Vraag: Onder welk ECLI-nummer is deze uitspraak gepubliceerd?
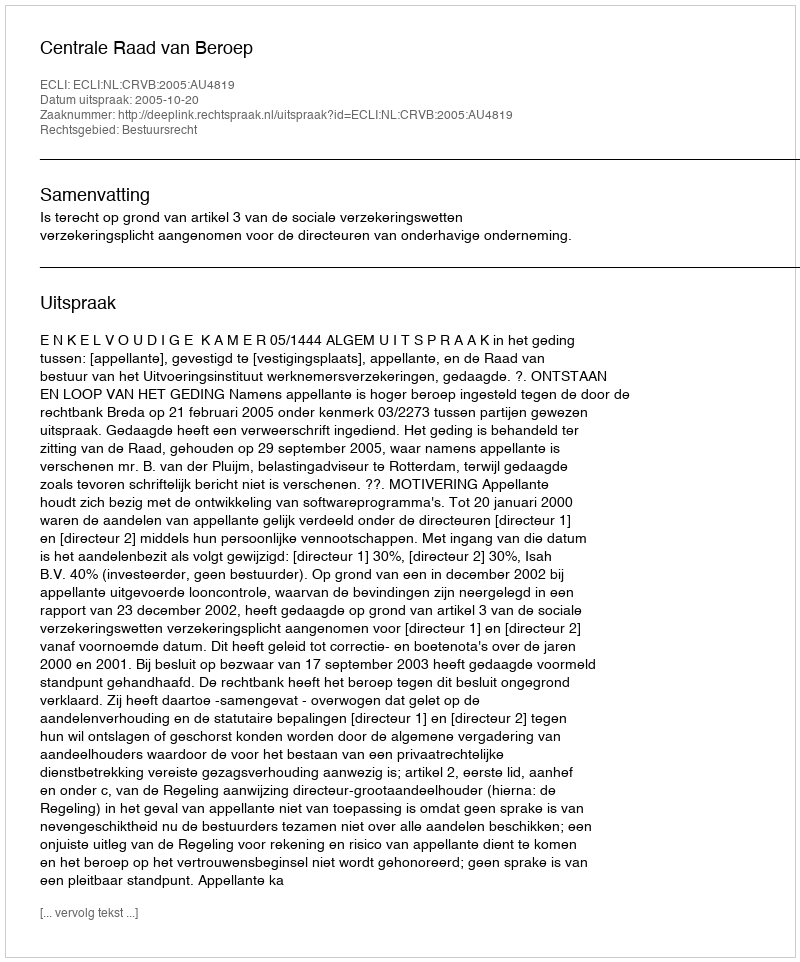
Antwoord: ECLI:NL:CRVB:2005:AU4819